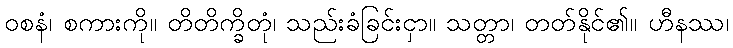
ဝစနံ၊ စကားကို။ တိတိက္ခိတုံ၊ သည်းခံခြင်းငှာ။ သတ္တာ၊ တတ်နိုင်၏။ ဟီနဿ၊